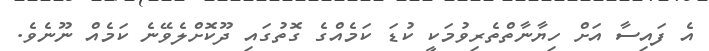
އެ ފައިސާ އަށް ހިޔާނާތްތެރިވުމަކީ ކުޑަ ކަމެއްގެ ގޮތުގައި ދޫކޮށްލެވޭނެ ކަމެއް ނޫނެވެ.